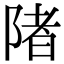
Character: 陼